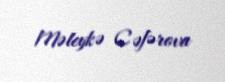
Məleykə Cəfərova